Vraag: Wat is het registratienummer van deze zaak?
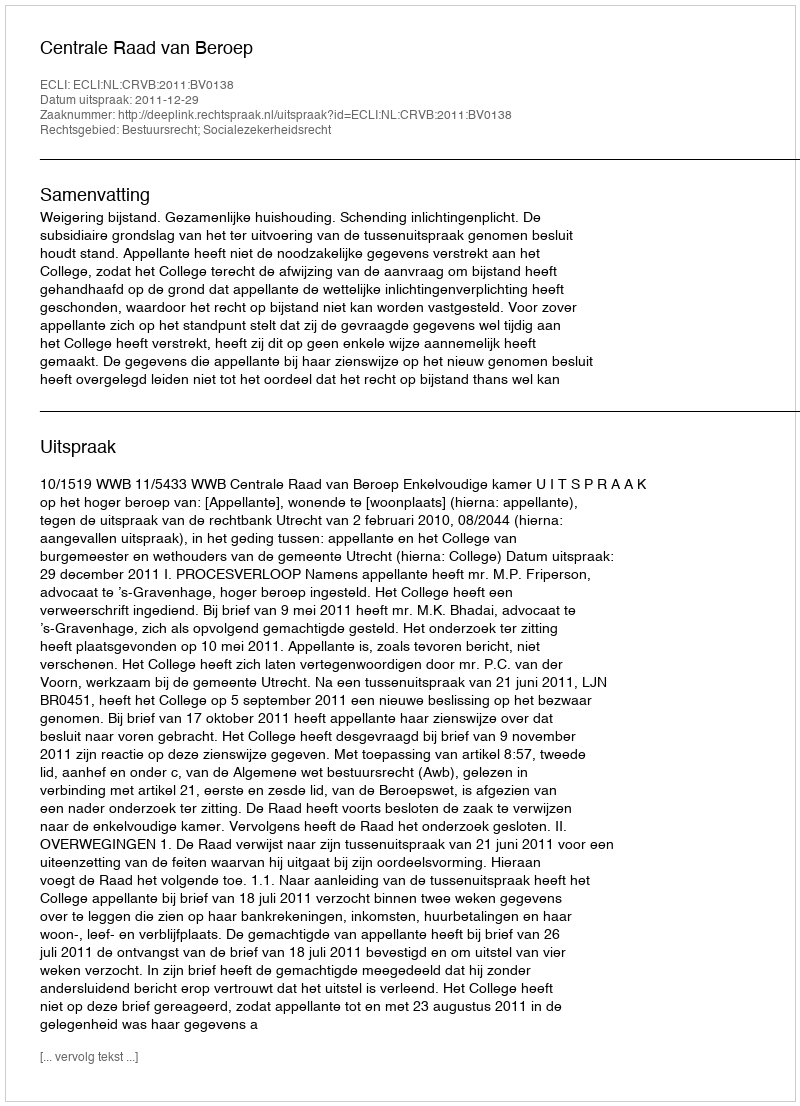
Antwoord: http://deeplink.rechtspraak.nl/uitspraak?id=ECLI:NL:CRVB:2011:BV0138